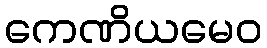
ကေဏိယမေဝ